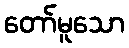
တော်မူသော